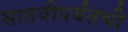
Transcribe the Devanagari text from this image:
सातवीपर्यंतची